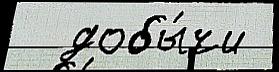
  добы́чи